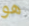
هو